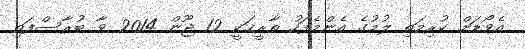
އެވޯޑަށް ކުރިމަތި ލުމުގެ އެންމެފަހު ތާރީޚަކީ 12 ޖޫން 2014 ވާ ބުރާސްފަތި